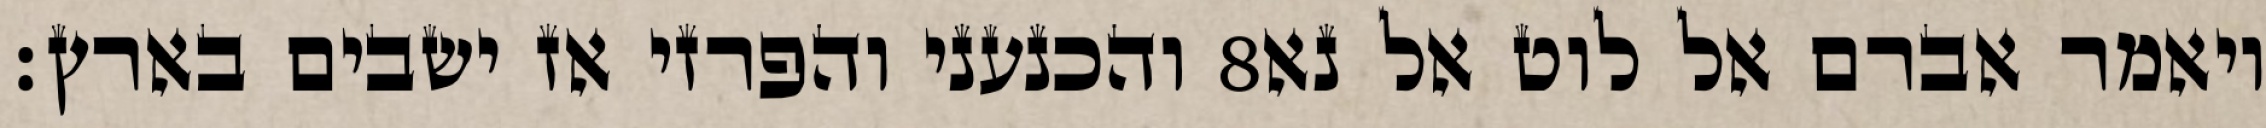
והכנעני והפרזי אז ישבים בארץ׃ ‎8‏ ויאמר אברם אל לוט אל נא